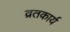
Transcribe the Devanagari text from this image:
व्रतकार्य